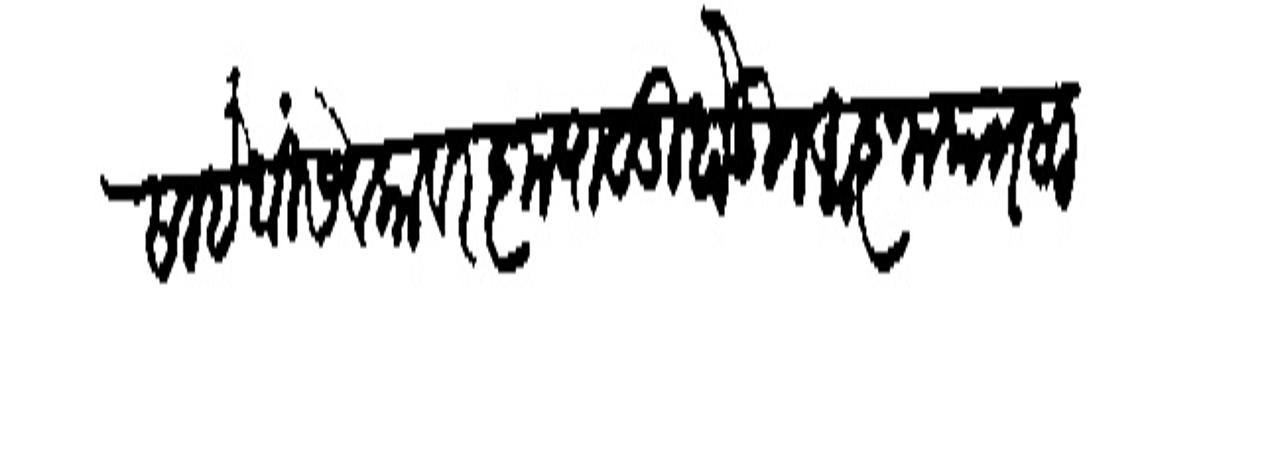
Transliteration (Devanagari): साहेबीं सेवकाबर कृपाळू होऊन आनापत्र सादर